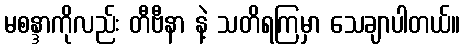
မစန္ဒာကိုလည်း တီဗီနာ နဲ့ သတိရကြမှာ သေချာပါတယ်။